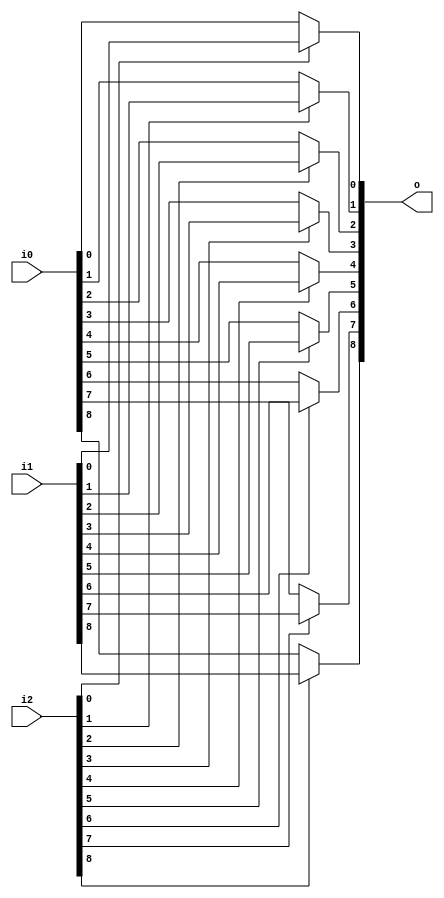
module bsg_mux2_gatestack_width_p9_harden_p1
(
  i0,
  i1,
  i2,
  o
);

  input [8:0] i0;
  input [8:0] i1;
  input [8:0] i2;
  output [8:0] o;
  wire [8:0] o;
  wire N0,N1,N2,N3,N4,N5,N6,N7,N8,N9,N10,N11,N12,N13,N14,N15,N16,N17;
  assign o[0] = (N0)? i1[0] : 
                (N9)? i0[0] : 1'b0;
  assign N0 = i2[0];
  assign o[1] = (N1)? i1[1] : 
                (N10)? i0[1] : 1'b0;
  assign N1 = i2[1];
  assign o[2] = (N2)? i1[2] : 
                (N11)? i0[2] : 1'b0;
  assign N2 = i2[2];
  assign o[3] = (N3)? i1[3] : 
                (N12)? i0[3] : 1'b0;
  assign N3 = i2[3];
  assign o[4] = (N4)? i1[4] : 
                (N13)? i0[4] : 1'b0;
  assign N4 = i2[4];
  assign o[5] = (N5)? i1[5] : 
                (N14)? i0[5] : 1'b0;
  assign N5 = i2[5];
  assign o[6] = (N6)? i1[6] : 
                (N15)? i0[6] : 1'b0;
  assign N6 = i2[6];
  assign o[7] = (N7)? i1[7] : 
                (N16)? i0[7] : 1'b0;
  assign N7 = i2[7];
  assign o[8] = (N8)? i1[8] : 
                (N17)? i0[8] : 1'b0;
  assign N8 = i2[8];
  assign N9 = ~i2[0];
  assign N10 = ~i2[1];
  assign N11 = ~i2[2];
  assign N12 = ~i2[3];
  assign N13 = ~i2[4];
  assign N14 = ~i2[5];
  assign N15 = ~i2[6];
  assign N16 = ~i2[7];
  assign N17 = ~i2[8];

endmodule